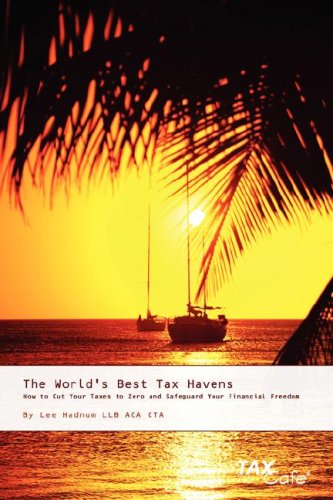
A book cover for The World's Best Tax Havens: How to Cut Your Taxes to Zero and Safeguard Your Financial Freedom; Lee Hadnum; Law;